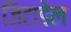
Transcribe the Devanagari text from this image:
ज़िटाडेल